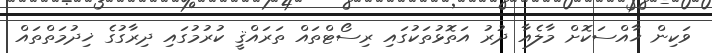
ވަކިން ޚާއްސަކޮށް މާލެއާ ދުރު އަތޮޅުތަކުގައި ރިސޯޓްތައް ތަރައްޤީ ކުރުމުގައި ދިރާގުގެ ޚިދުމަތްތައް